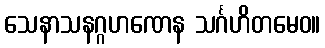
သေနာသနဂ္ဂဟဏေန သင်္ဂဟိတမေဝ။